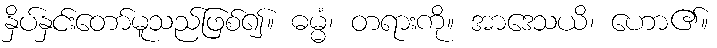
နှိပ်နှင်းတော်မူသည်ဖြစ်၍။ ဓမ္မံ၊ တရားကို။ အာဒေသယိ၊ ဟော၏။